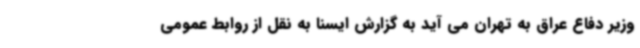
وزیر دفاع عراق به تهران می آید به گزارش ایسنا به نقل از روابط عمومی